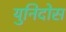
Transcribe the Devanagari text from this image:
युनिदोस